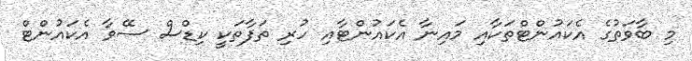
މި ބާވަތުގެ އެކައުންޓްތަކާއި މައިނާ އެކައުންޓާއި ހުރި ތަފާތަކީ ކިޑްސް ސޭވާ އެކައުންޓް